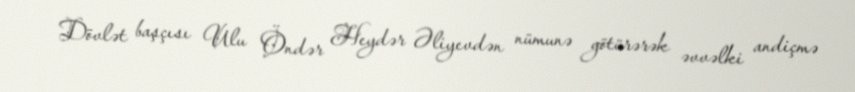
Dövlət başçısı Ulu Öndər Heydər Əliyevdən nümunə götürərək əvvəlki andiçmə